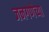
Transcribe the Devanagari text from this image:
जनगणेच्या